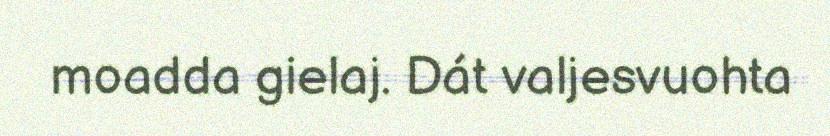
moadda gielaj. Dát valjesvuohta